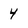
Character: 4